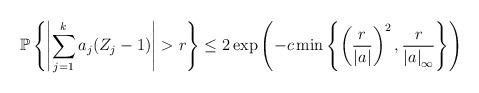
LaTeX: \begin{align*}\mathbb{P}\left\{\left\vert \sum_{j=1}^ka_j(Z_j-1) \right\vert>r\right\}\leq 2\exp\left(-c\min\left\{\left(\frac{r}{\left\vert a \right\vert}\right)^2,\frac{r}{\left\vert a \right\vert_\infty}\right\}\right)\end{align*}